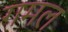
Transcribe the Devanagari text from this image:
गमल